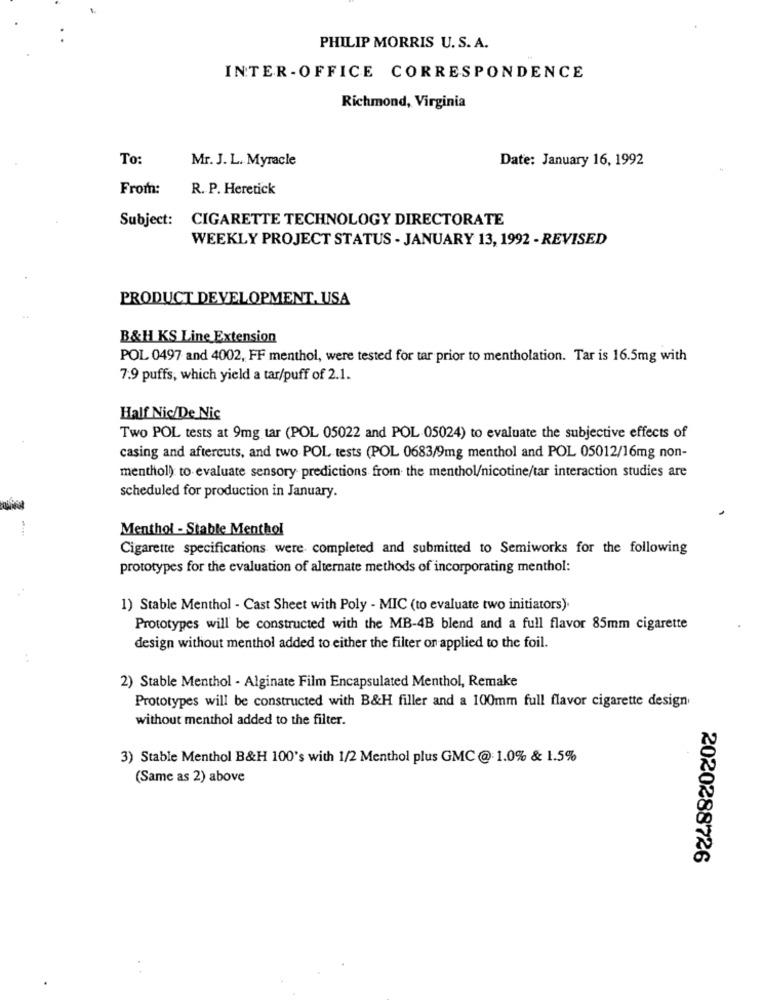
PHILIP MORRIS U. S. A.
INTER-OFFICE CORRESPONDENCE
Richmond, Virginia
To:
Mr. J. L. Myracle
Date: January 16, 1992
From:
R. P. Heretick
Subject:
CIGARETTE TECHNOLOGY DIRECTORATE
WEEKLY PROJECT STATUS - JANUARY 13, 1992 - REVISED
PRODUCT DEVELOPMENT, USA
B&H KS Line Extension
POL 0497 and 4002, FF menthol, were tested for tar prior to mentholation. Tar is 16.5mg with
7.9 puffs, which yield a tar/puff of 2.1.
Half Nic/De Nic
Two POL tests at 9mg tar (POL 05022 and POL 05024) to evaluate the subjective effects of
casing and aftercuts, and two POL tests (POL 0683/9mg menthol and POL 05012/16mg non-
menthol) to evaluate sensory predictions from the menthol/nicotine/tar interaction studies are
scheduled for production in January.
Menthol - Stable Menthol
Cigarette specifications were completed and submitted to Semiworks for the following
prototypes for the evaluation of alternate methods of incorporating menthol:
1) Stable Menthol - Cast Sheet with Poly - MIC (to evaluate two initiators).
Prototypes will be constructed with the MB-4B blend and a full flavor 85mm cigarette
design without menthol added to either the filter on applied to the foil.
2) Stable Menthol - Alginate Film Encapsulated Menthol, Remake
Prototypes will be constructed with B&H filler and a 100mm full flavor cigarette design
without menthol added to the filter.
3) Stable Menthol B&H 100's with 1/2 Menthol plus GMC @: 1.0% & 1.5%
(Same as 2) above
2020288726